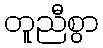
တူညီစွာ